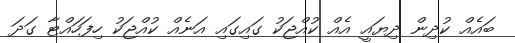
ބައެއް ކުދިން ދިޔައީ އެއް ކުއްޖަކު ގައިގައި އަނެއް ކުއްޖަކު ހިފަހައްޓާ ގަދަ